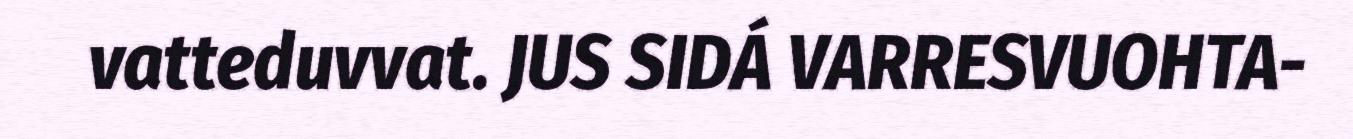
vatteduvvat. JUS SIDÁ VARRESVUOHTA-